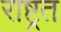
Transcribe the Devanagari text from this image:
राष्ट्रत